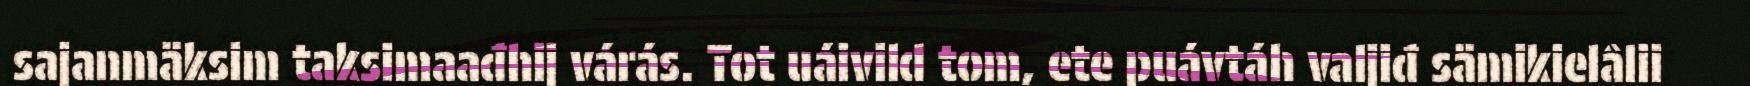
sajanmäksim taksimaađhij várás. Tot uáivild tom, ete puávtáh valjiđ sämikielâlii